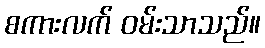
စကားလက် ဝမ်းသာသည်။